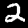
Digit: 2